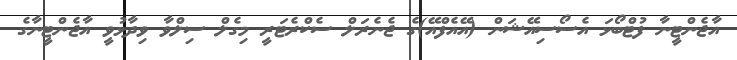
އާޖެންޓީނާ ފުޓްބޯޅަ އެސޯސިއޭޝަން (އޭއެފްއޭ)ގެ ޖެނެރަލް ސެކްރެޓަރީ މިގެލް ސިލްވާ ވިދާޅުވީ އާޖެންޓީނާގެ